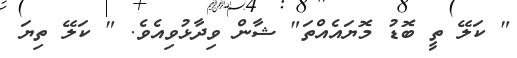
" ކަލޭ ތީ ބޮޑު މޮޔައެއްތަ" ޝާން ވިދާޅުވިއެވެ. " ކަލޭ ތިޔަ